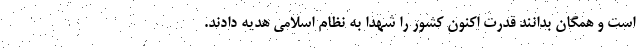
است و همگان بدانند قدرت اکنون کشور را شهدا به نظام اسلامی هدیه دادند.